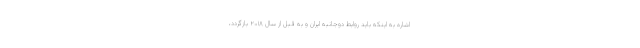
اشاره به اینکه باید روابط دوجانبه ایران و به قبل از سال ۲۰۱۸ بازگردد،